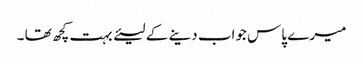
میرے پاس جواب دینے کے لیئے بہت کچھ تھا ۔